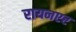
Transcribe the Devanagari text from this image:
रायनएर